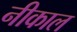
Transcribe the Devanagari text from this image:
नीकाल